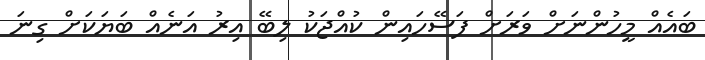
ބައެއް މީހުންނަށް ވަރަށް ފަސޭހައިން ކުއްޖަކު ލިބޭ އިރު އަނެއް ބަޔަކަށް ގިނަ